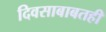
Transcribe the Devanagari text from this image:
दिवसाबाबतही